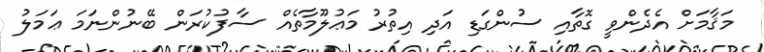
މަޤާމަށް އެދެންވީ ގޮތާއި ސުންގަޑި އަދި އިތުރު މަޢުލޫމާތެއް ސާފުކުރަން ބޭނުންނަމަ ޢަމަލު